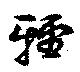
軽